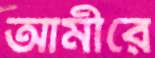
আমীরে